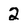
Character: 2